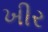
ખીર